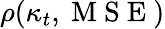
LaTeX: \rho(\kappa_{t},\mathrm{~M~S~E~})